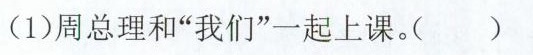
(1)周总理和”我们”一起上课。( )